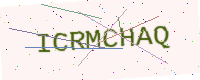
Text: ICRMCHAQ